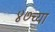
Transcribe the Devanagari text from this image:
४७च्या